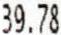
39.78